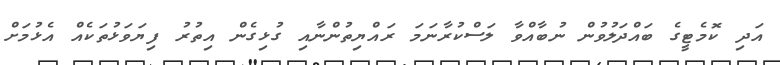
އަދި ކޮމެޓީގެ ބައްދަލުވުން ނުބާއްވާ ލަސްކުރާނަމަ ރައްޔިތުންނާއި ގުޅިގެން އިތުރު ފިޔަވަޅުތަކެއް އެޅުމަށް